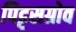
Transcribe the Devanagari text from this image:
पिट्टसग्रोव